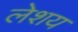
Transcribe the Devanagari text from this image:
लेशय